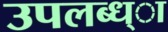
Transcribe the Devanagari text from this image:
उपलब्ध्ा